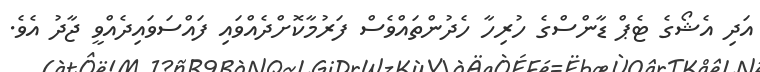
އަދި އެޝޯގެ ޓެޕް ޑާންސްގެ ހުރިހާ ހެދުންތައްވެސް ފަރުމާކޮށްދެއްވައި ފައްސަވައިދެއްވީ ޖާދު އެވެ.